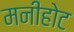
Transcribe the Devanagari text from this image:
मनीहोट